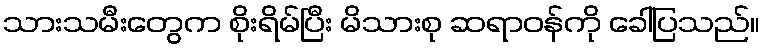
သားသမီးတွေက စိုးရိမ်ပြီး မိသားစု ဆရာဝန်ကို ခေါ်ပြသည်။